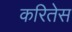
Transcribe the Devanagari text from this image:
करितेस